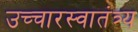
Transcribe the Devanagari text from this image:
उच्चारस्वातंत्र्य